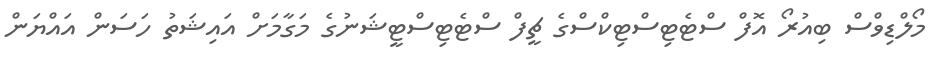
މޯލްޑިވްސް ބިއުރޯ އޮފް ސްޓެޓިސްޓިކްސްގެ ޗީފް ސްޓެޓިސްޓީޝަނުގެ މަގާމަށް އައިޝަތު ހަސަން އައްޔަން